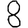
Digit: 8